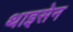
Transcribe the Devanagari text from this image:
थाइसेन